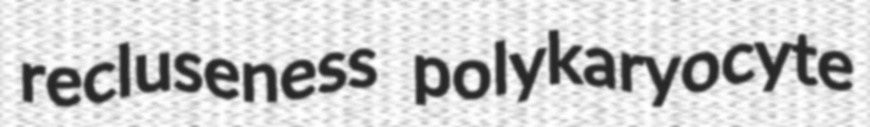
recluseness polykaryocyte